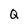
Character: Q